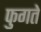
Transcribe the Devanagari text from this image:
फुगते